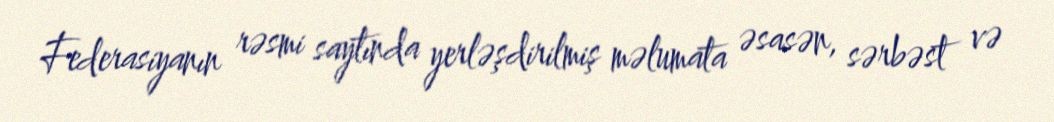
Federasiyanın rəsmi saytında yerləşdirilmiş məlumata əsasən, sərbəst və